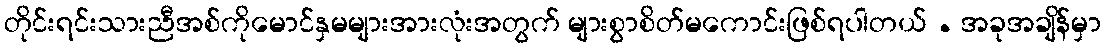
တိုင်းရင်းသားညီအစ်ကိုမောင်နှမများအားလုံးအတွက် များစွာစိတ်မကောင်းဖြစ်ရပါတယ် . အခုအချိန်မှာ